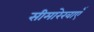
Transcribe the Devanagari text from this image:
सीमारेखाएँ